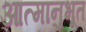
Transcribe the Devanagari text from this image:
आत्मानुभूत